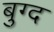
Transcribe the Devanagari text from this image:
बुग्द